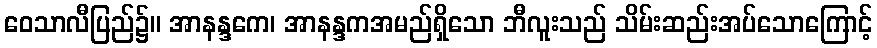
ဝေသာလီပြည်၌။ အာနန္ဒကေ၊ အာနန္ဒကအမည်ရှိသော ဘီလူးသည် သိမ်းဆည်းအပ်သောကြောင့်